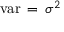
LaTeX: \textstyle \operatorname { v a r } \, = \, \sigma ^ { 2 }